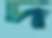
দ